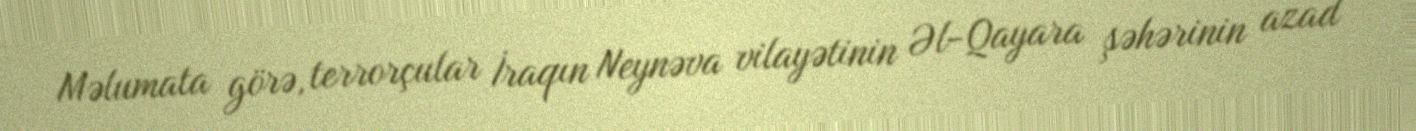
Məlumata görə, terrorçular İraqın Neynəva vilayətinin Əl-Qayara şəhərinin azad